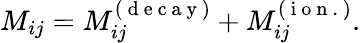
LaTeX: M_{ij}=M_{ij}^{(\mathrm{~d~e~c~a~y~})}+M_{ij}^{(\mathrm{~i~o~n~.~})}.